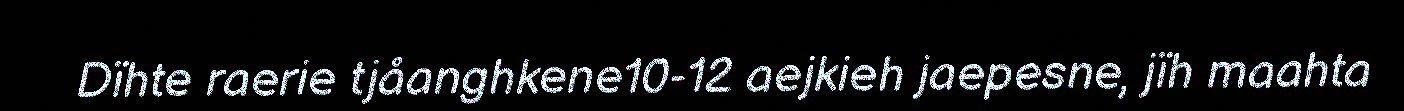
Dïhte raerie tjåanghkene10-12 aejkieh jaepesne, jïh maahta